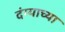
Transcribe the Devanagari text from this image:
दंग्याच्या